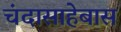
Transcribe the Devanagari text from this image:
चंदासाहेबास